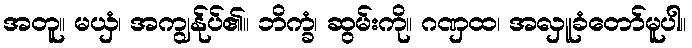
အတူ။ မယှံ၊ အကျွန်ုပ်၏။ ဘိက္ခံ၊ ဆွမ်းကို။ ဂဏှထ၊ အလှူခံတော်မူပါ။